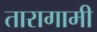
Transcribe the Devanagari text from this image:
तारागामी